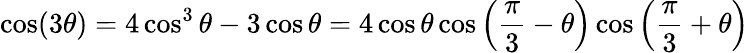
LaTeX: \cos(3\theta)=4\cos^{3}\theta-3\cos\theta=4\cos\theta\cos\left({\frac{\pi}{3}}-\theta\right)\cos\left({\frac{\pi}{3}}+\theta\right)